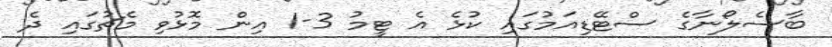
ބާސެލޯނާގެ ސްޓޭޑިއަމުގައި ކުޅެ އެ ޓީމު 3-1 އިން މޮޅުވި މެޗުގައި ދެ